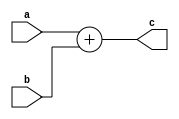
`timescale 1ns / 1ps
//////////////////////////////////////////////////////////////////////////////////
// Company: 
// Engineer: 
// 
// Design Name: 
// Module Name: adder_32bits
// Project Name: 
// Target Devices: 
// Tool Versions: 
// Description: 
// 
// Dependencies: 
// 
// Revision:
// Revision 0.01 - File Created
// Additional Comments:
// 
//////////////////////////////////////////////////////////////////////////////////


module adder_32bits(
    input[31:0] a,b,
    output[31:0] c
    );
    assign c= a+ b;
endmodule